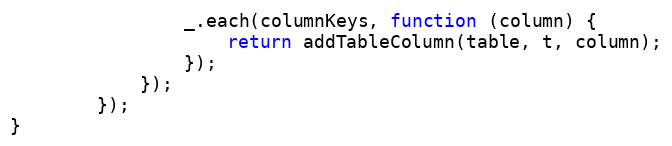
Language: JavaScript
                _.each(columnKeys, function (column) {
                    return addTableColumn(table, t, column);
                });
            });
        });
}